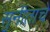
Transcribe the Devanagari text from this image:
सुनीताचे